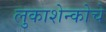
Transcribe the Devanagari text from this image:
लुकाशेन्कोचे